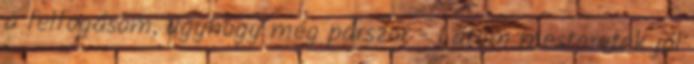
a felfogásom, úgyhogy még párszor - Látom mesteretek jól